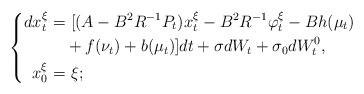
LaTeX: \begin{align*} \left\{ \begin{aligned} dx_t^{\xi}=&~[(A-B^2R^{-1}P_t)x_t^{\xi}-B^2R^{-1}\varphi_t^\xi-Bh(\mu_t)\\&+f(\nu_t)+b(\mu_t)]dt+\sigma dW_t+\sigma_0dW^0_t,\\ x_0^{\xi}=&~\xi; \end{aligned} \right. \end{align*}